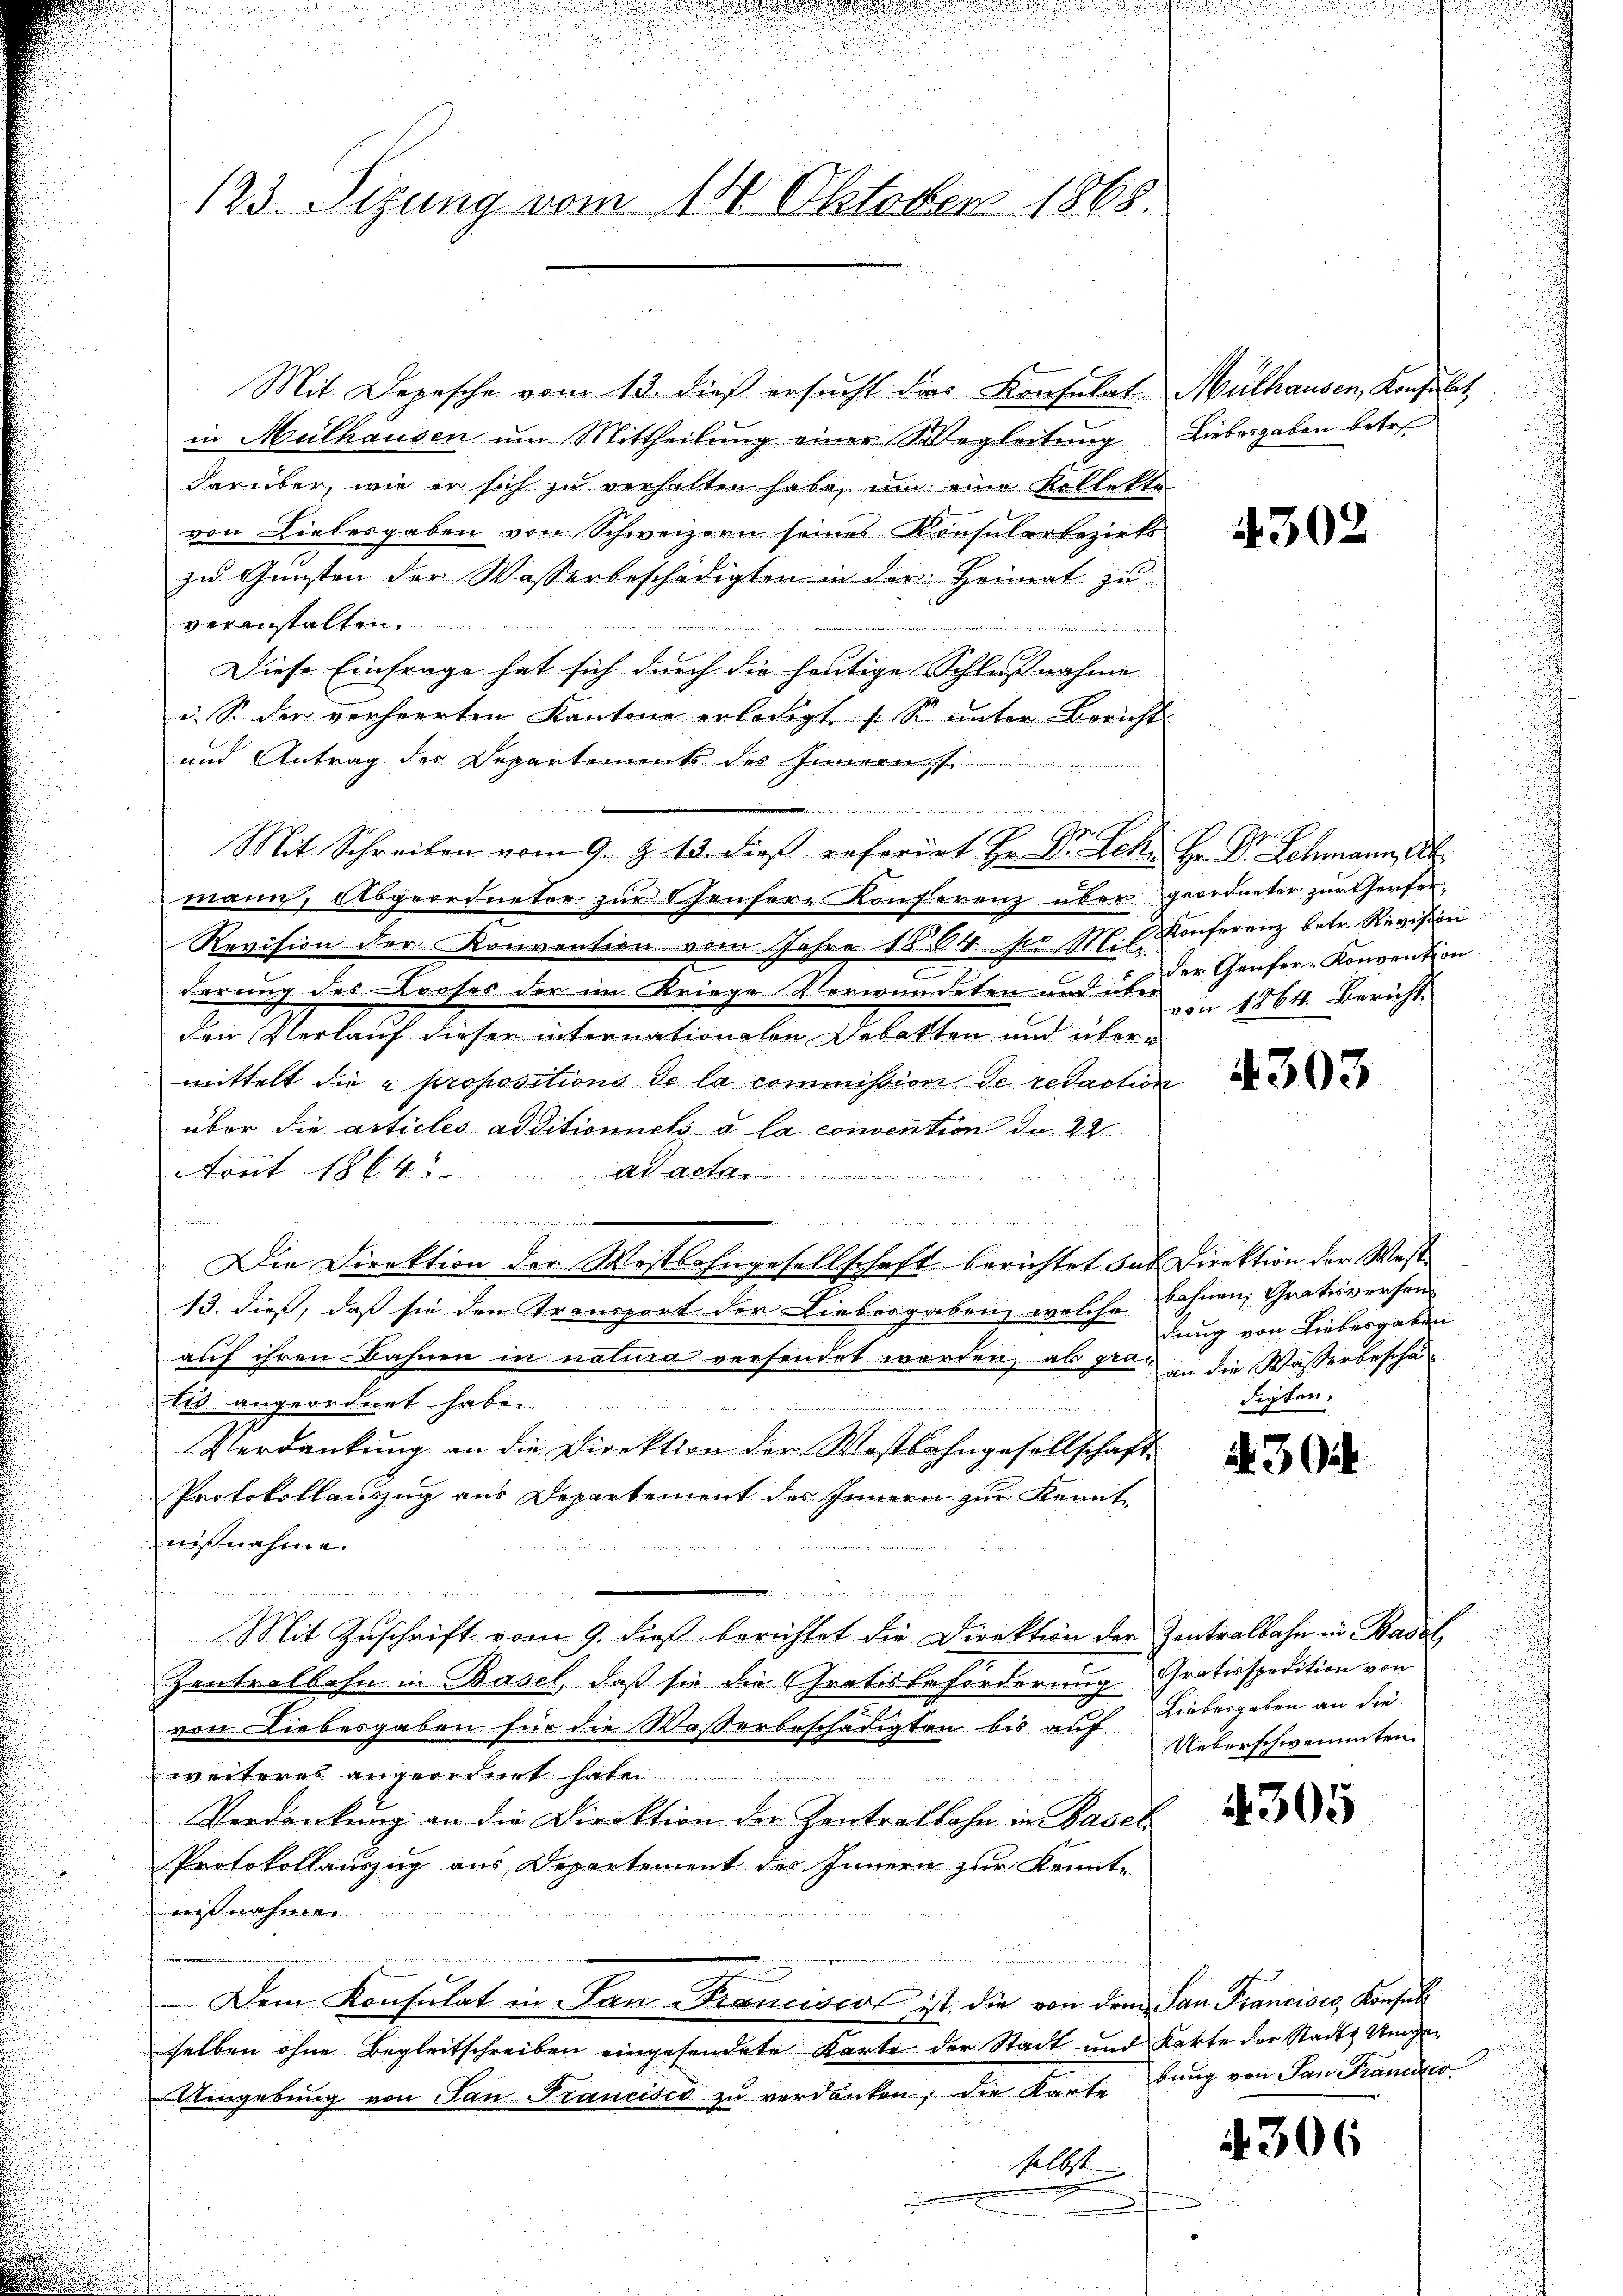
123. Sizung vom 14. Oktober 1868.

von Liebesgaben von Schweizern seines Konsularbezirks
zu Gunsten der Wasserbeschädigten in der Heimat zu
veranstalten.
h
Diese Einfrage hat sich durch die heutige Schliessnahme |
i. S. der verheerten Kantone erledigt (S. ŭnter Bericht
und Antrag der Departements des Innern

Mit Schreiben vom 9. Z. 13. dieß referirt Hr. Dr. Leki Hr. Dr. Schmann, St.
mann, Abgeordneter zur Genfere Konferenz über geordneter zur Gerfer¬
Revision der Konvention vom Jahre 1864 so M. C. Konferenz betr. Revision
derung des Looses der im Kriege Verwundeten und über 1864. Bericht
den Verlauf dieser internationalen Debatten und übermittelt die u propositions de la commission de redaction
über die articles additioniels à la convention da 22
Aont 1864. 2
Ar. Let
de
1
en
Die Direktion der Westlohngesellschaft berichtet das Direktion der West
13. dieß, daß sie den Transport der Liebesgaben, welche
auf ihren Bahnen in natura versendet worden, als pro in die Wasserbeschäets angeordnet habe.............

Verdankung an die Direktion der Wastbahngesellschaft
Protokollauszug aus Departement des Innern zur Kennt
nißnahme
u
Mit Zuschrift vom 9. dieß berichtet die Direktion der Zentralbahn in Basel
Zentralbahn in Basel, daß sie die Gratisbeförderung Grativspedition von
von Liebesgaben für die Wasserbeschädigten bis auf Liebesgaben an die
weiteres angeordnet hat
s
Verdankung an die Direktion der Zentralbahn in Basel
Protokollauszug aus Departement des Innern zur Kennte
nißnahmen.
Dem Konsulat in San-Franciscos ist die von dem San Francisco, Konsul
selben ohne Begleitschreiben eingesendete Karte der Stadt und Karte der Stadt Ungen
Umgebung von San Francisco zu verdanken, die Karte bung von San Francisco
selbst

Mit Depesche vom 13. dieß ersucht dies Konsulat Mülhausen, Konsulat
in Mülhausen um Mittheilung einer Wegleitung Liebesgaben betr.
darüber, wie er sich zu verhalten habe, um eine Kollekte

4302

der Genfer-Konvention

4303

i
bahnen, Gratisversen
dung von Liebesgaben
digten.

2430.

Ueberschwemmten

.305

4306